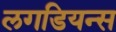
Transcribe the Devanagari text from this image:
लगडियन्स